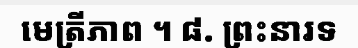
មេត្រីភាព ។ ៨. ព្រះនារទ